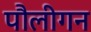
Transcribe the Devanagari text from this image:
पौलीगन